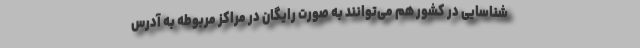
شناسایی در کشور هم می‌توانند به صورت رایگان در مراکز مربوطه به آدرس